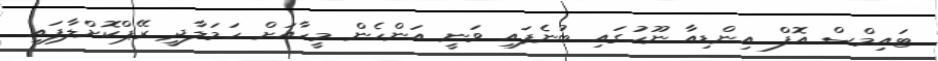
ޓައިމްސް އޮފް އިންޑިއާ ނޫހުގައި ބުނެފައި ވަނީ އަންހެން މީހާއަށް ހަމަލާދީ ރޭޕްކޮށްލާފައި